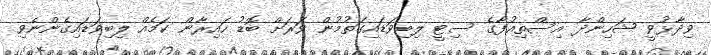
ވިދާޅުވީ ޝަހިންދާ އިސްތިއުފާގެ ސިޓީ ލިބިިވަޑައިގަތުމުން ވަރަށް ބޮޑު ހައިރާން ކަމެއް ލިބިވަޑައިގެންނެވި